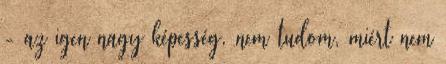
- az igen nagy képesség, nem tudom, miért nem